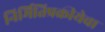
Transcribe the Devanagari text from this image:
निर्मितिप्रक्रीयेचा